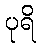
ပုရိ